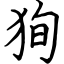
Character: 狥